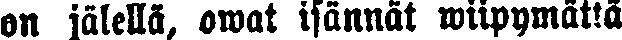
on jälellä, owat isännät wiipymättä